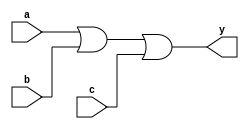
`timescale 1ns / 1ps
//////////////////////////////////////////////////////////////////////////////////
// Company: 
// Engineer: 
// 
// Design Name: 
// Module Name: and_3
// Project Name: 
// Target Devices: 
// Tool Versions: 
// Description: 3 input OR gate 
// 
// Dependencies: 
// 
// Revision:
// Revision 0.01 - File Created
// Additional Comments:
// 
//////////////////////////////////////////////////////////////////////////////////


module or_3(
    output y,
    input a,b,c
    );
    
    assign y = a | b | c;
    
endmodule